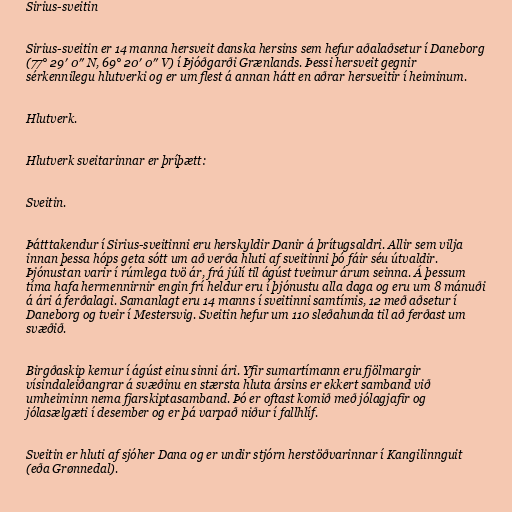
Sirius-sveitin

Sirius-sveitin er 14 manna hersveit danska hersins sem hefur aðalaðsetur í Daneborg
(77° 29′ 0″ N, 69° 20′ 0″ V) í Þjóðgarði Grænlands. Þessi hersveit gegnir
sérkennilegu hlutverki og er um flest á annan hátt en aðrar hersveitir í heiminum.

Hlutverk.

Hlutverk sveitarinnar er þríþætt:

Sveitin.

Þátttakendur í Sirius-sveitinni eru herskyldir Danir á þrítugsaldri. Allir sem vilja
innan þessa hóps geta sótt um að verða hluti af sveitinni þó fáir séu útvaldir.
Þjónustan varir í rúmlega tvö ár, frá júlí til ágúst tveimur árum seinna. Á þessum
tíma hafa hermennirnir engin frí heldur eru í þjónustu alla daga og eru um 8 mánuði
á ári á ferðalagi. Samanlagt eru 14 manns í sveitinni samtímis, 12 með aðsetur í
Daneborg og tveir í Mestersvig. Sveitin hefur um 110 sleðahunda til að ferðast um
svæðið.

Birgðaskip kemur í ágúst einu sinni ári. Yfir sumartímann eru fjölmargir
vísindaleiðangrar á svæðinu en stærsta hluta ársins er ekkert samband við
umheiminn nema fjarskiptasamband. Þó er oftast komið með jólagjafir og
jólasælgæti í desember og er þá varpað niður í fallhlíf.

Sveitin er hluti af sjóher Dana og er undir stjórn herstöðvarinnar í Kangilinnguit
(eða Grønnedal).